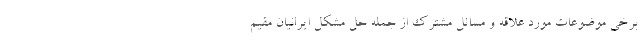
برخی موضوعات مورد علاقه و مسائل مشترک از جمله حل مشکل ایرانیان مقیم